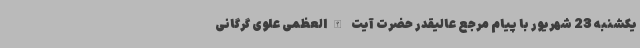
یکشنبه 23 شهریور با پیام مرجع عالیقدر حضرت آیت الله‌العظمی علوی گرگانی